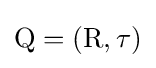
\operatorname {Q} =(\operatorname {R} ,\tau )